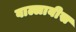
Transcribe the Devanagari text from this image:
वाल्लाबीस